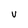
Character: V